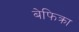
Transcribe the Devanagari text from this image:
बेफिक्रा